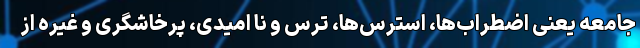
جامعه یعنی اضطراب‌ها، استرس‌ها، ترس و نا امیدی، پرخاشگری و غیره از